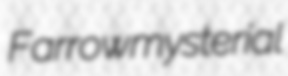
Farrow mysterial